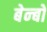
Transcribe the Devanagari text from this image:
बेन्बो